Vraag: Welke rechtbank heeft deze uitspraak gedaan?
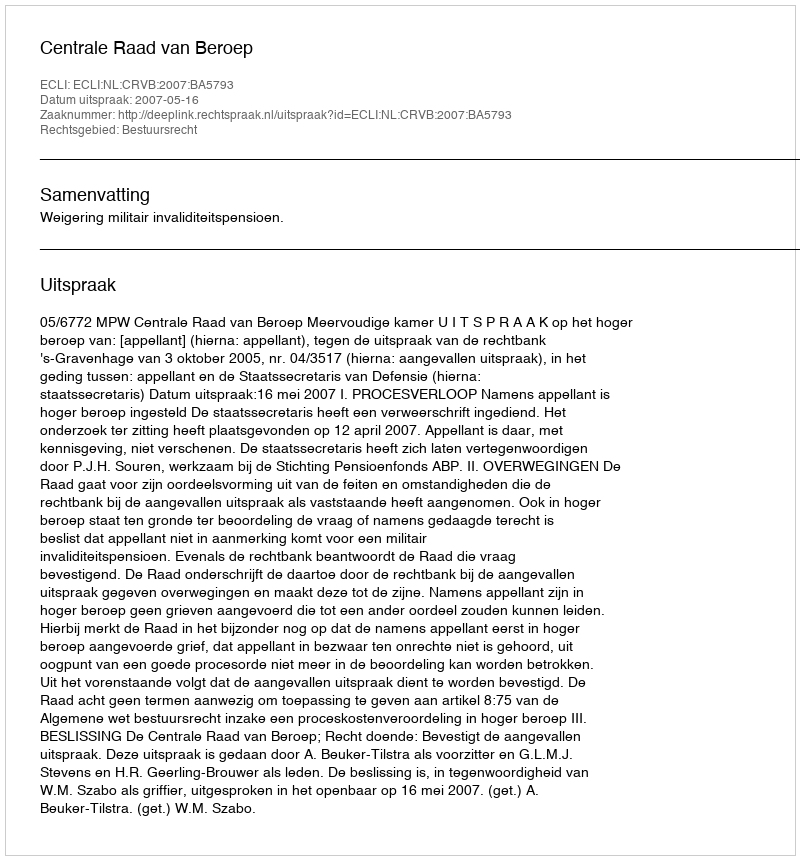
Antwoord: Centrale Raad van Beroep